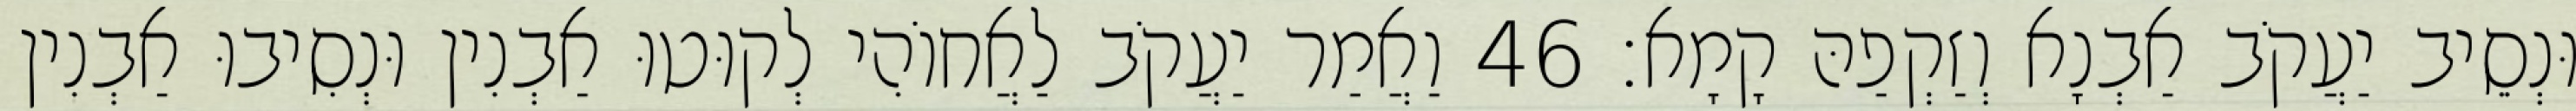
וּנְסֵיב יַעֲקֹב אַבְנָא וְזַקְפַהּ קָמָא׃ 46 וַאֲמַר יַעֲקֹב לַאֲחוֹהִי לְקוּטוּ אַבְנִין וּנְסִיבוּ אַבְנִין